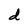
Character: d